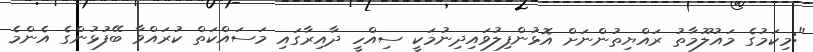
":މިކަމުގެ މައުލޫމާތު ރައްޔިތުންނަށް އޮޅުންފިލުވައިދިނުމަކީ ސިއްހީ ދާއިރާގައި މަސައްކަތް ކުރައްވާ ބޭފުޅުންގެ އެންމެ